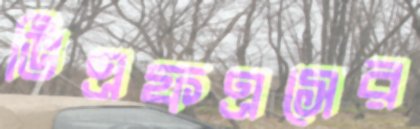
ভিএফএসের